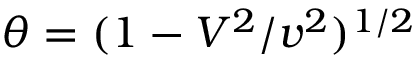
\theta = ( 1 - V ^ { 2 } / v ^ { 2 } ) ^ { 1 / 2 }